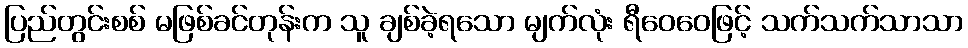
ပြည်တွင်းစစ် မဖြစ်ခင်တုန်းက သူ ချစ်ခဲ့ရသော မျက်လုံး ရီဝေဝေဖြင့် သက်သက်သာသာ